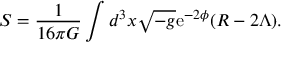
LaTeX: S = \frac { 1 } { 1 6 \pi G } \int d ^ { 3 } x \sqrt { - g } \mathrm { { e } } ^ { - 2 \phi } ( R - 2 \Lambda ) .